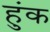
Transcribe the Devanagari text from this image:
हुंक